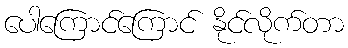
ပေါကြောင်ကြောင် နိုင်လိုက်တာ